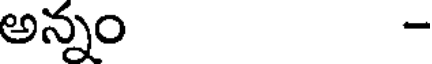
అన్నం -